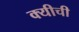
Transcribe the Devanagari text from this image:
क्यीची